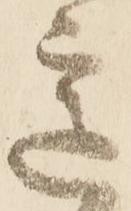
意